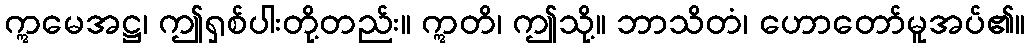
ဣမေအဋ္ဌ၊ ဤရှစ်ပါးတို့တည်း။ ဣတိ၊ ဤသို့။ ဘာသိတံ၊ ဟောတော်မူအပ်၏။